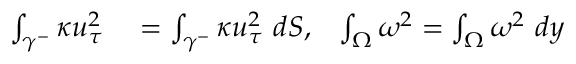
\begin{array} { r l r } { \int _ { \gamma ^ { - } } \kappa u _ { \tau } ^ { 2 } } & { { } = \int _ { \gamma ^ { - } } \kappa u _ { \tau } ^ { 2 } \ d S , } & { \int _ { \Omega } \omega ^ { 2 } = \int _ { \Omega } \omega ^ { 2 } \ d y } \end{array}